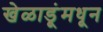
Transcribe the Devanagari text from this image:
खेळाडूंमधून